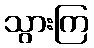
သွားကြ